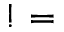
! =